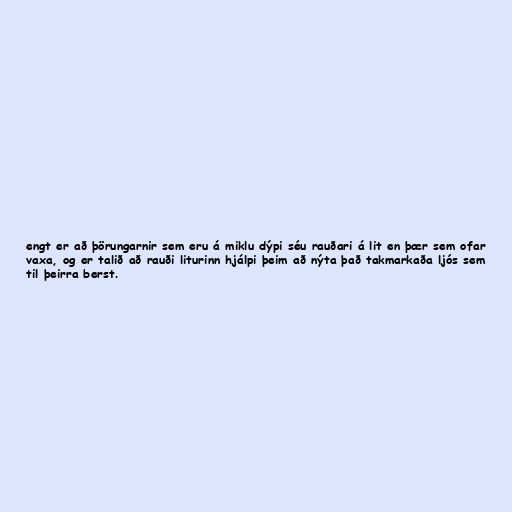
engt er að þörungarnir sem eru á miklu dýpi séu rauðari á lit en þær sem ofar
vaxa, og er talið að rauði liturinn hjálpi þeim að nýta það takmarkaða ljós sem
til þeirra berst.